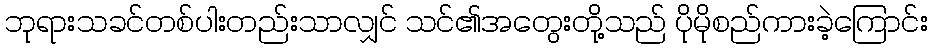
ဘုရားသခင်တစ်ပါးတည်းသာလျှင် သင်၏အတွေးတို့သည် ပိုမိုစည်ကားခဲ့ကြောင်း